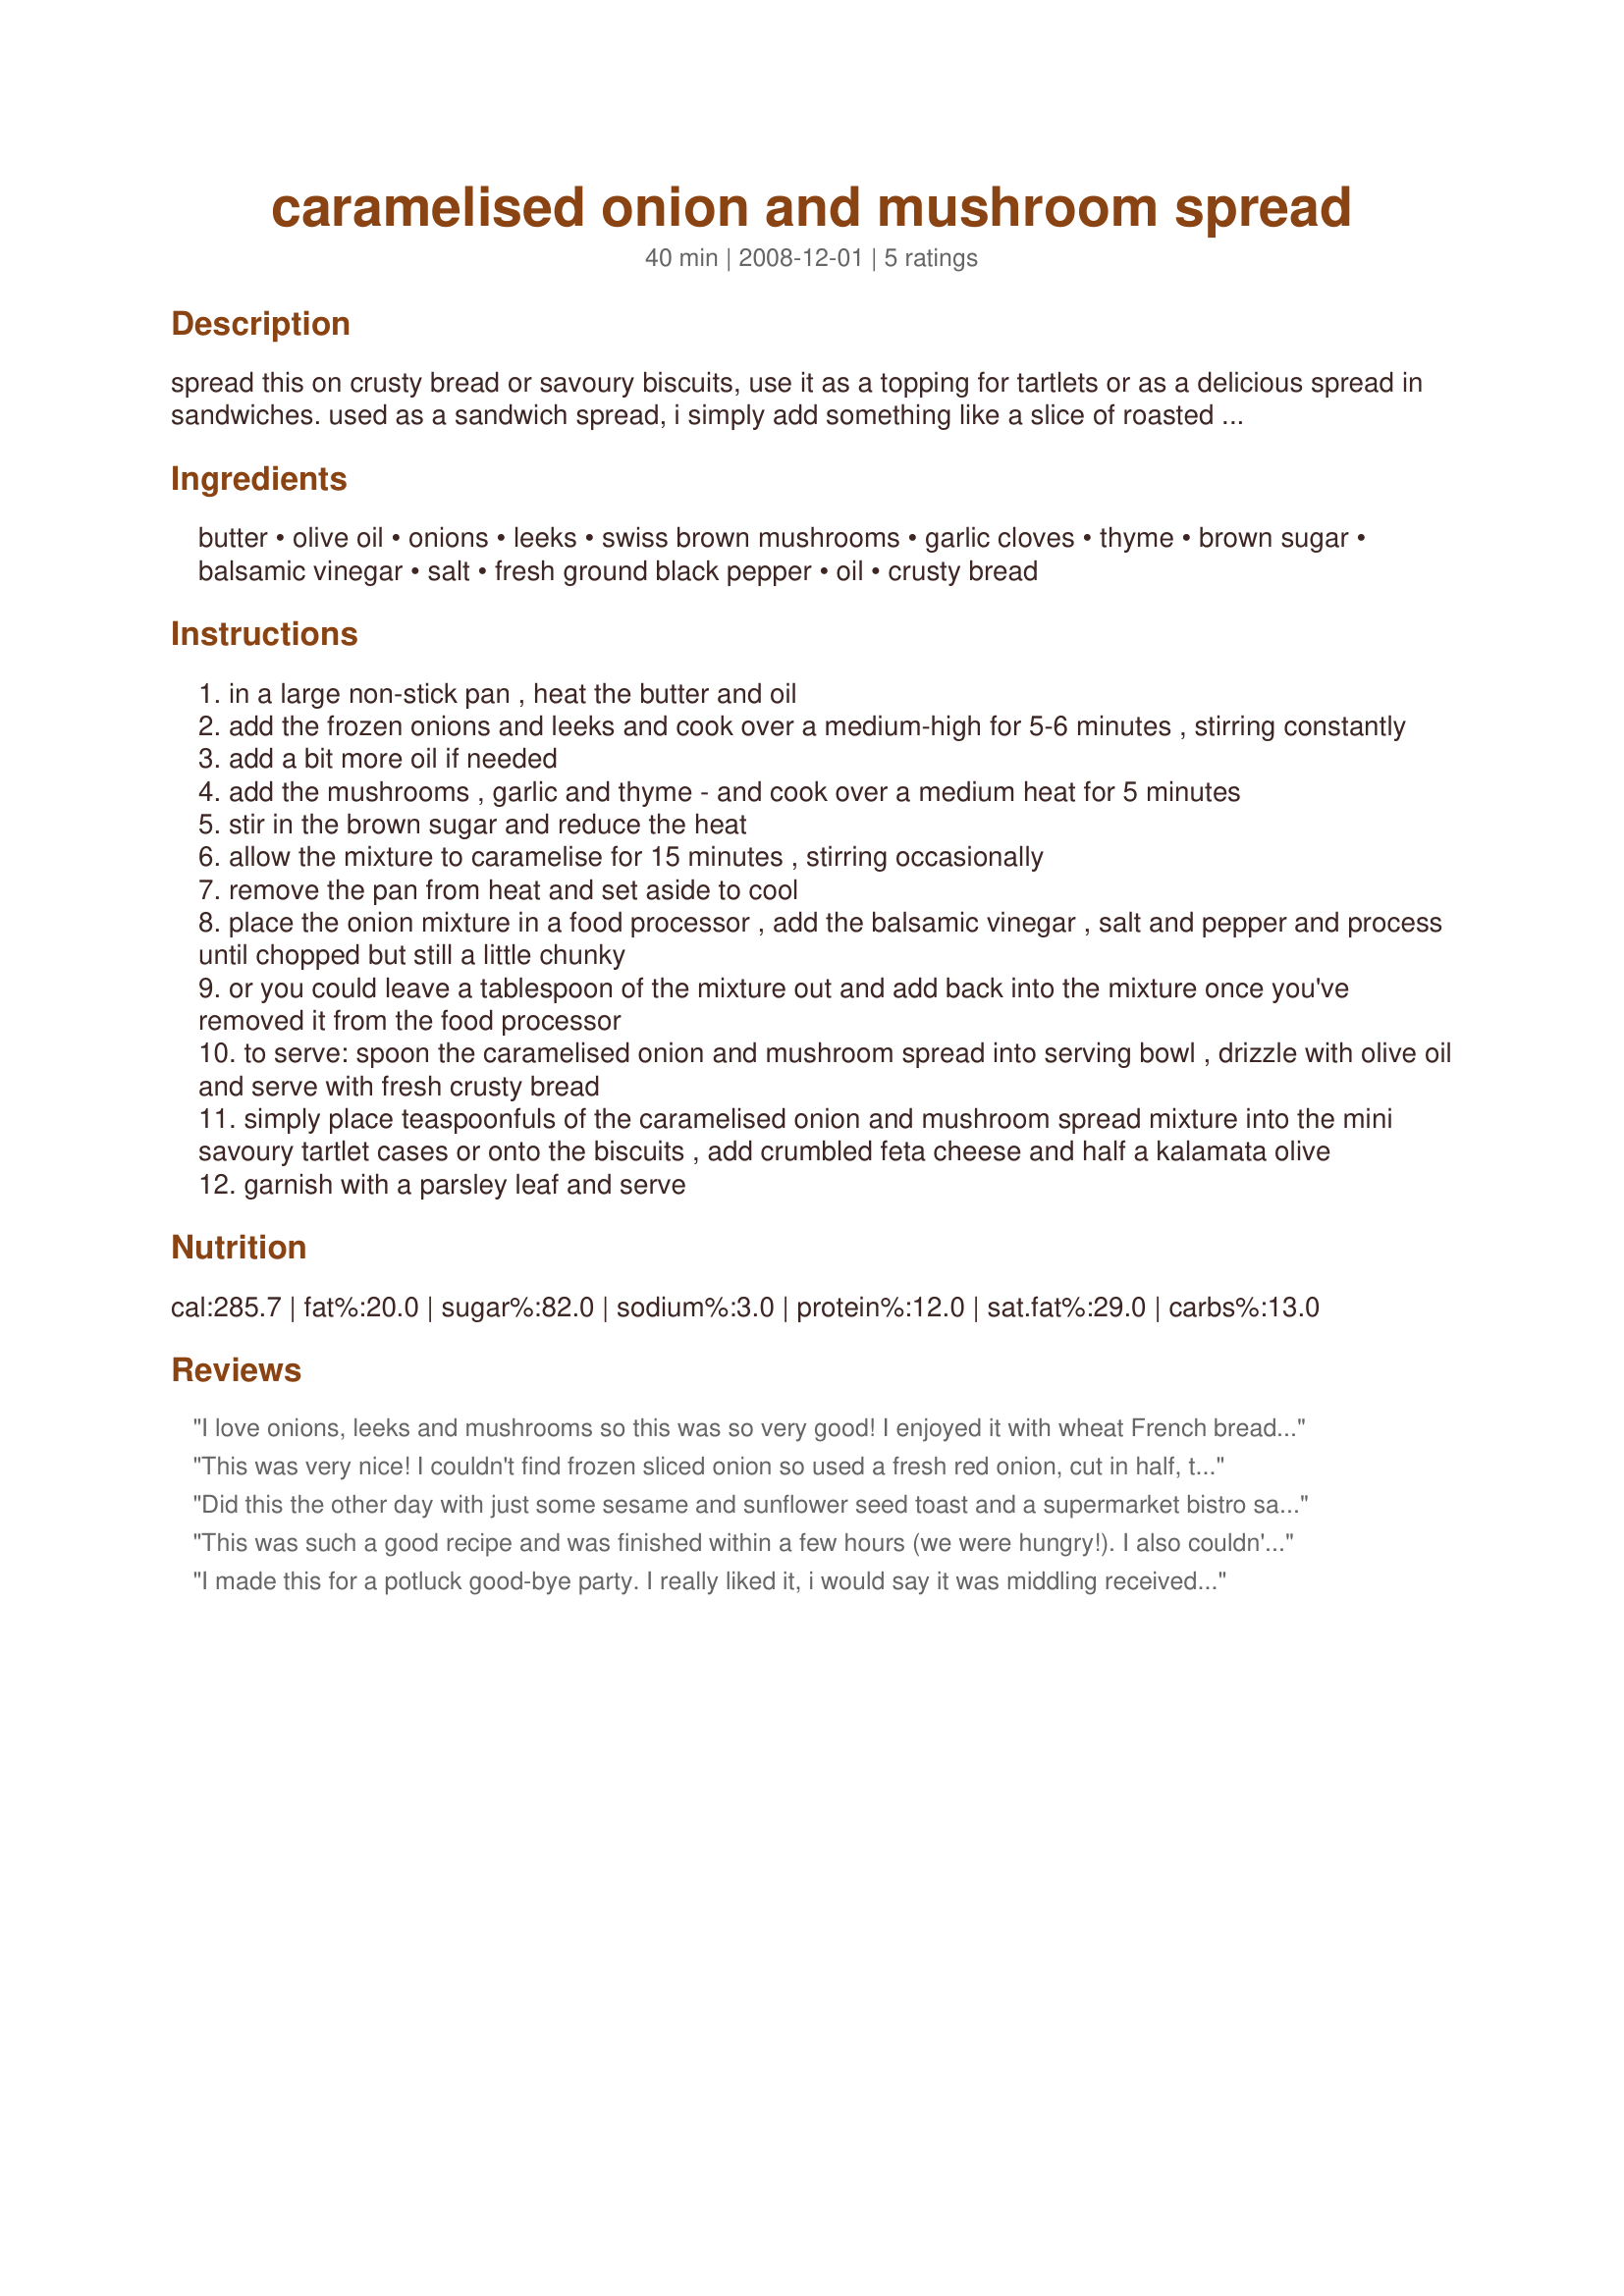
caramelised onion and mushroom spread
Preparation time: 40 minutes

spread this on crusty bread or savoury biscuits, use it as a topping for tartlets or as a delicious spread in sandwiches. used as a sandwich spread, i simply add something like a slice of roasted red pepper and baby spinach leaves. or slices of ham. i adapted this recipe from one i found online because i was not satisfied with the gourmet spreads i'd been buying. well they classified themselves as gourmet but they were, in fact, rather ordinary and also quite expensive! i love the fact that this recipe also has mushrooms in it - and a few other goodies! the original recipe must have been a birds eye recipe as it specified using birds eye frozen sliced onions. i've slightly increased the mushrooms and garlic as i generally do with recipes and i've added leeks as the combination of flavours from onions, leeks and garlic is just so delicious. and i've also added thyme. vary the garlic - and any of the ingredients - to suit your taste preferences. i've suggested adding more balsamic vinegar if your onion mixture seems too dry. if like me, you are a bit inexact in the measurement of some of the ingredients - oh, i may as well use all of that! - ;) this would obviously be the easiest way to correct this. have fun playing with this recipe - and i hope that you enjoy it. i keep meaning to add some chopped nuts, probably walnuts, and must try to remember to do so next time i make this.

Ingredients:
butter, olive oil, onions, leeks, swiss brown mushrooms, garlic cloves, thyme, brown sugar, balsamic vinegar, salt, fresh ground black pepper, oil, crusty bread

Steps:
in a large non-stick pan , heat the butter and oil
add the frozen onions and leeks and cook over a medium-high for 5-6 minutes , stirring constantly
add a bit more oil if needed
add the mushrooms , garlic and thyme - and cook over a medium heat for 5 minutes
stir in the brown sugar and reduce the heat
allow the mixture to caramelise for 15 minutes , stirring occasionally
remove the pan from heat and set aside to cool
place the onion mixture in a food processor , add the balsamic vinegar , salt and pepper and process until chopped but still a little chunky
or you could leave a tablespoon of the mixture out and add back into the mixture once you've removed it from the food processor
to serve: spoon the caramelised onion and mushroom spread into serving bowl , drizzle with olive oil and serve with fresh crusty bread
simply place teaspoonfuls of the caramelised onion and mushroom spread mixture into the mini savoury tartlet cases or onto the biscuits , add crumbled feta cheese and half a kalamata olive
garnish with a parsley leaf and serve

Reviews:
I love onions, leeks and mushrooms so this was so very good! I enjoyed it with wheat French bread toasts. I halved the recipe, but didn't drizzle oil at the end. Thanks!
This was very nice! I couldn't find frozen sliced onion so used a fresh red onion, cut in half, then thinly sliced. I did not blitz this in the food processor, just left as is - I would do it that way again but start with onions sliced a little smaller. I filled pre-made fillo shells with the spread then topped them with slices of brie cheese and warmed in the oven; feta would also be good, I think. Thanks for the recipe!
Did this the other day with just some sesame and sunflower seed toast and a supermarket bistro salad with balsamic vinegar on the side as a starter. I followed the recipe to the letter (apart from using fresh onions) and it was absolutely delicious. Might have been as I was using some notoriously strong organic garlic but I think I'll reduce it a bit next time as it overpowered the rest a bit.
This was such a good recipe and was finished within a few hours (we were hungry!). I also couldn't find frozen onion so I used raw small onion.
I made this for a potluck good-bye party. I really liked it, i would say it was middling received by the other guests. I served it with focaccia and also spooned onto crackers topped with cheese. I used royal trumpet mushrooms, as that was what I had. They exuded a lot of liquid, so it took a bit longer for the onions/mushrooms to caramelize.
